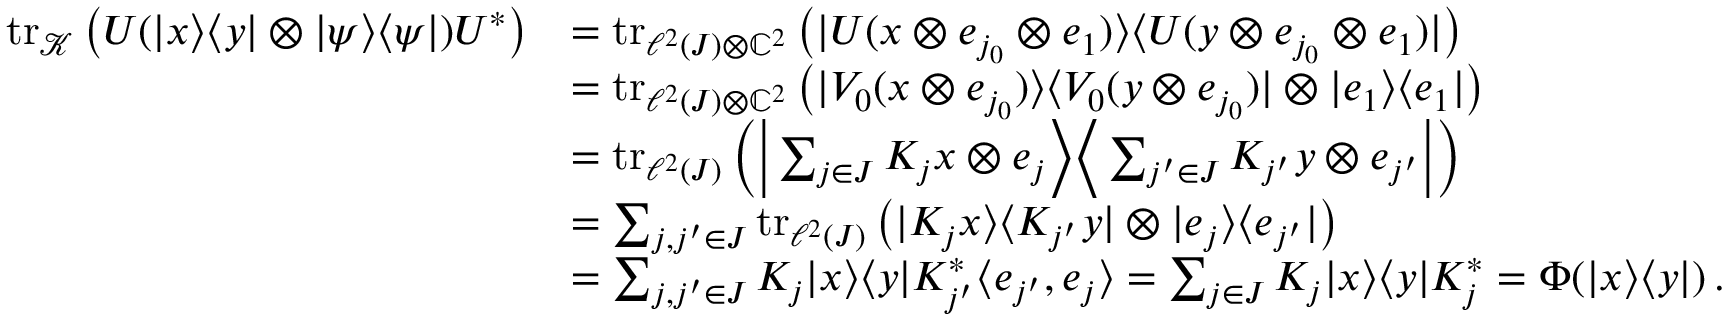
\begin{array} { r l } { \operatorname { t r } _ { \mathcal K } \big ( U ( | x \rangle \langle y | \otimes | \psi \rangle \langle \psi | ) U ^ { * } \big ) } & { = \operatorname { t r } _ { \ell ^ { 2 } ( J ) \otimes \mathbb C ^ { 2 } } \big ( | U ( x \otimes e _ { j _ { 0 } } \otimes e _ { 1 } ) \rangle \langle U ( y \otimes e _ { j _ { 0 } } \otimes e _ { 1 } ) | \big ) } \\ & { = \operatorname { t r } _ { \ell ^ { 2 } ( J ) \otimes \mathbb C ^ { 2 } } \big ( | V _ { 0 } ( x \otimes e _ { j _ { 0 } } ) \rangle \langle V _ { 0 } ( y \otimes e _ { j _ { 0 } } ) | \otimes | e _ { 1 } \rangle \langle e _ { 1 } | \big ) } \\ & { = \operatorname { t r } _ { \ell ^ { 2 } ( J ) } \Big ( \Big | \sum _ { j \in J } K _ { j } x \otimes e _ { j } \Big \rangle \Big \langle \sum _ { j ^ { \prime } \in J } K _ { j ^ { \prime } } y \otimes e _ { j ^ { \prime } } \Big | \Big ) } \\ & { = \sum _ { j , j ^ { \prime } \in J } \operatorname { t r } _ { \ell ^ { 2 } ( J ) } \big ( | K _ { j } x \rangle \langle K _ { j ^ { \prime } } y | \otimes | e _ { j } \rangle \langle e _ { j ^ { \prime } } | \big ) } \\ & { = \sum _ { j , j ^ { \prime } \in J } K _ { j } | x \rangle \langle y | K _ { j ^ { \prime } } ^ { * } \langle e _ { j ^ { \prime } } , e _ { j } \rangle = \sum _ { j \in J } K _ { j } | x \rangle \langle y | K _ { j } ^ { * } = \Phi ( | x \rangle \langle y | ) \, . } \end{array}